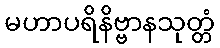
မဟာပရိနိဗ္ဗာနသုတ္တံ